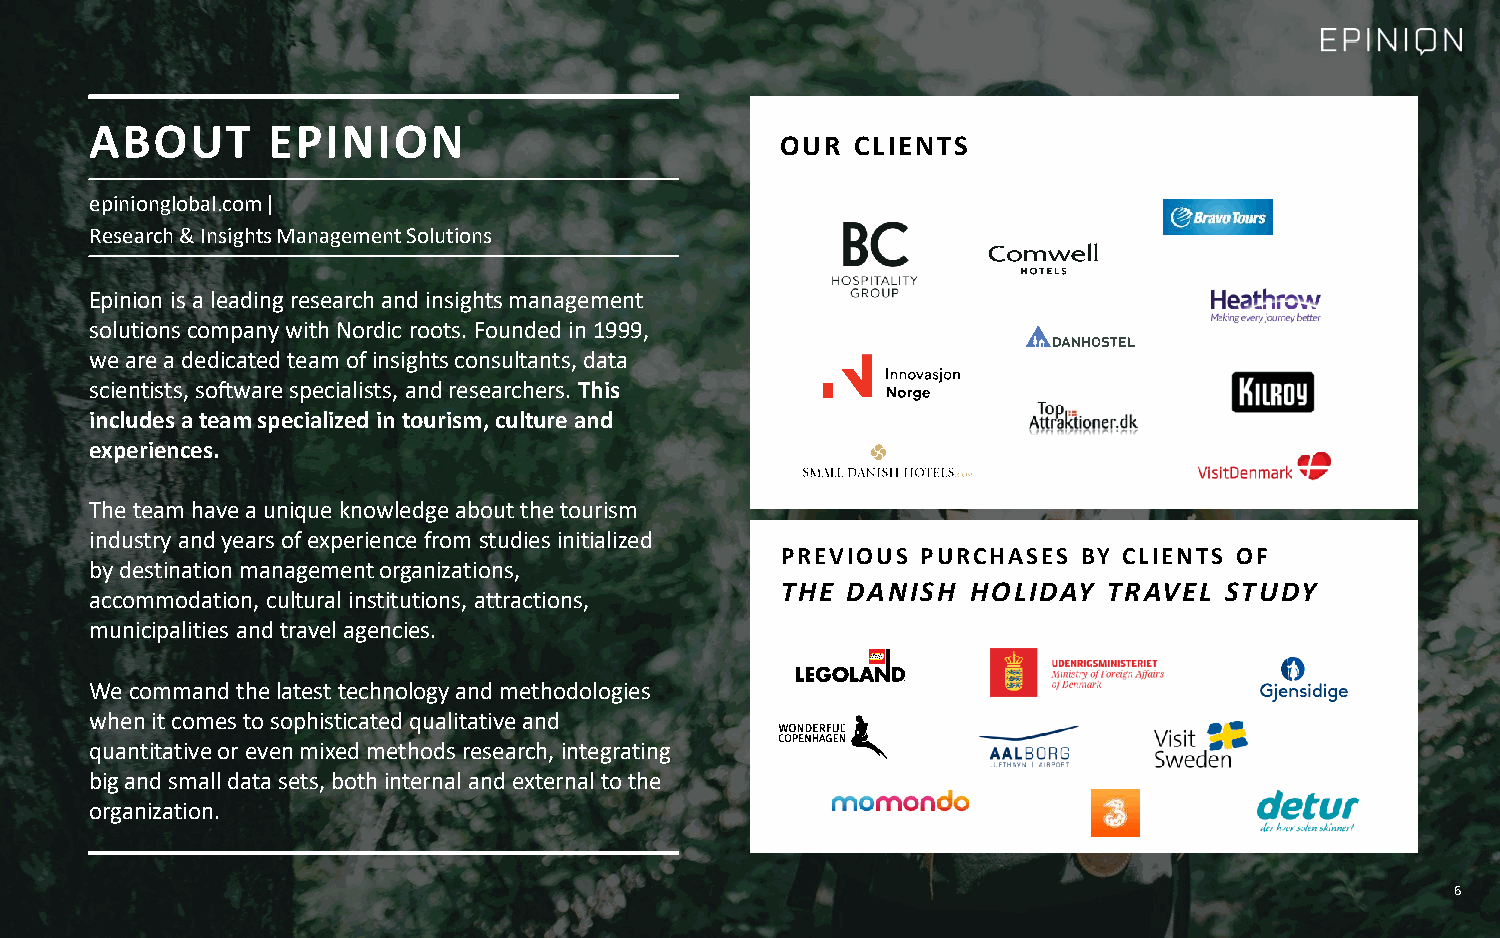
ABOUT       EPINION
 OUR  CLIENTS
 epinionglobal.com |
 Research & Insights Management Solutions
 Epinion is a leading research and insights management
 solutions company with Nordic roots. Founded in 1999,
 we are a dedicated team of insights consultants, data
 scientists, software specialists, and researchers. This
 includes a team specialized in tourism, culture and
 experiences.
 The team have a unique knowledge about the tourism
 industry and years of experience from studies initialized
 PREVIOUS PURCHASES  BY CLIENTS OF
 by destination management organizations,
 THE DANISH  HOLIDAY  TRAVEL  STUDY
 accommodation, cultural institutions, attractions,
 municipalities and travel agencies.
 We command the latest technology and methodologies
 when it comes to sophisticated qualitative and
 quantitative or even mixed methods research, integrating
 big and small data sets, both internal and external to the
 organization.
 6